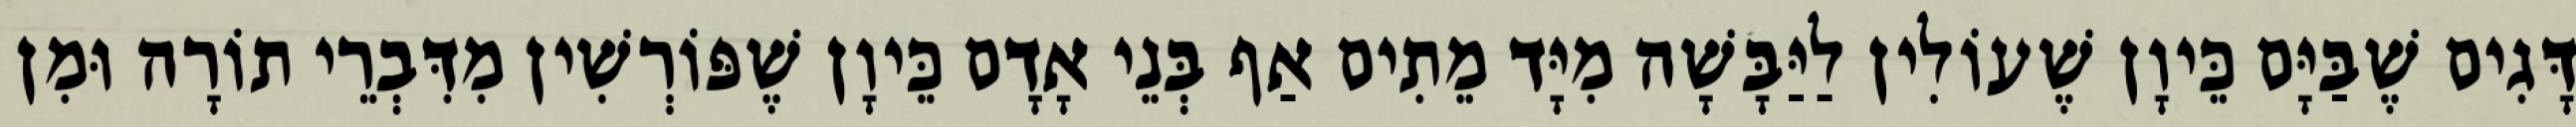
דָּגִים שֶׁבַּיָּם כֵּיוָן שֶׁעוֹלִין לַיַּבָּשָׁה מִיָּד מֵתִים אַף בְּנֵי אָדָם כֵּיוָן שֶׁפּוֹרְשִׁין מִדִּבְרֵי תוֹרָה וּמִן